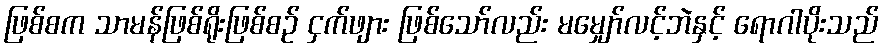
ဖြစ်စက သာမန်ဖြစ်ရိုးဖြစ်စဉ် ငှက်ဖျား ဖြစ်သော်လည်း မမျှော်လင့်ဘဲနှင့် ရောဂါပိုးသည်